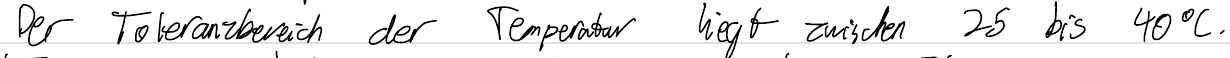
Der Toleranzbereich der Temperatur liegt zwischen 25 bis 40°C.